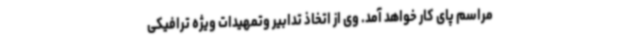
مراسم پای کار خواهد آمد. وی از اتخاذ تدابیر وتمهیدات ویژه ترافیکی